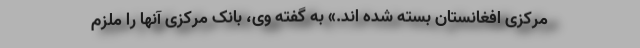
مرکزی افغانستان بسته شده اند.» به گفته وی، بانک مرکزی آنها را ملزم